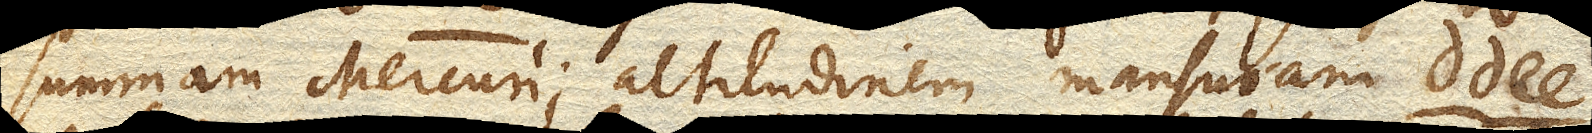
summam Mercurii altitudinem mansuram dd ee.